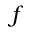
f